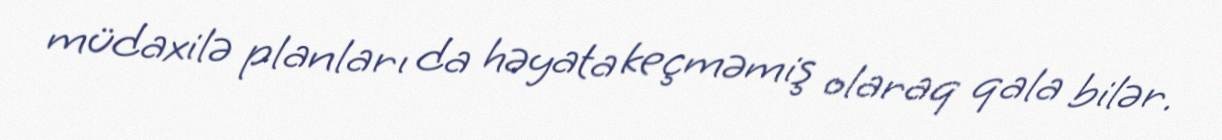
müdaxilə planları da həyata keçməmiş olaraq qala bilər.